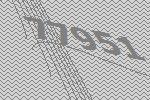
77951